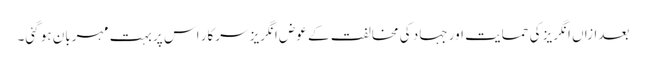
بعدازاں انگریز کی حمایت اور جہاد کی مخالفت کے عوض انگریز سرکار اس پر بہت مہربان ہو گئی۔